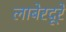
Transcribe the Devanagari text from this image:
लाबेरदूरे